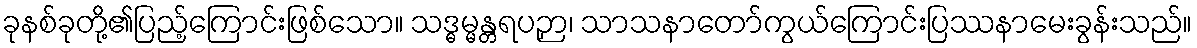
ခုနစ်ခုတို့၏ပြည့်ကြောင်းဖြစ်သော။ သဒ္ဓမ္မန္တရပဉှာ၊ သာသနာတော်ကွယ်ကြောင်းပြဿနာမေးခွန်းသည်။